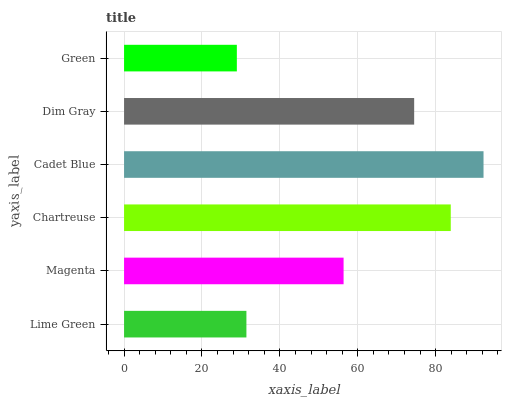
| yaxis_label | bars |
 | --- | --- |
 | Lime Green | 31.4 |
 | Magenta | 56.4 |
 | Chartreuse | 83.9 |
 | Cadet Blue | 92.3 |
 | Dim Gray | 74.5 |
 | Green | 29 |